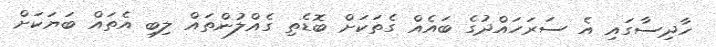
ހާދިސާގައި އެ ސަރަހައްދުގެ ބައެއް ގެތަކަށް ބޮޑެތި ގެއްލުންތައް ލިބި އެތައް ބަޔަކަށް